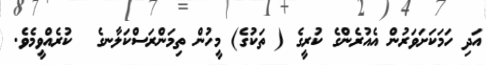
އަދި ހަމަކަށަވަރުން އެއުރެންގެ ކުރީގެ ( ތަކުގެ) މީހުން ތިމަންރަސްކަލާނގެ  ކުރެއްވީމެވެ.